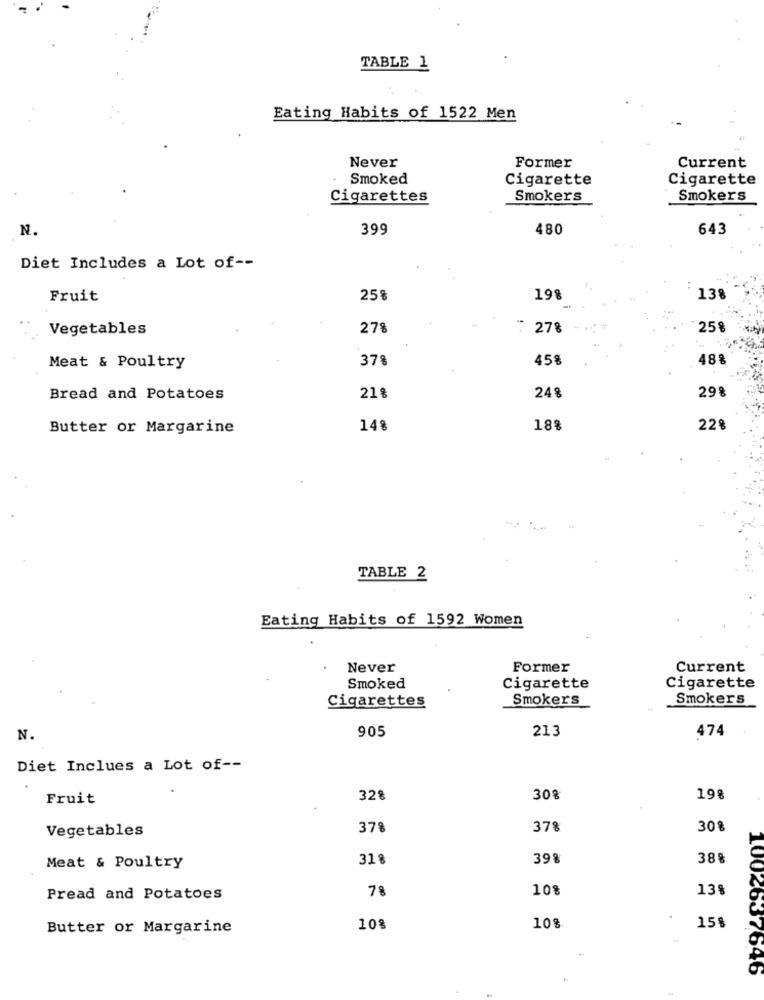
TABLE 1
Eating Habits of 1522 Men
Never
Former
Current
Smoked
Cigarette
Cigarette
Cigarettes
Smokers
Smokers
N.
399
480
643
Diet Includes a Lot of --
Fruit
25%
19%
138
Vegetables
27%
278
25%
37%
45%
488
Meat & Poultry
298
Bread and Potatoes
21%
248
Butter or Margarine
148
18%
228
TABLE 2
Eating Habits of 1592 Women
Never
Former
Current
Smoked
Cigarette
Cigarette
Cigarettes
Smokers
Smokers
905
213
474
N.
Diet Inclues a Lot of --
Fruit
32%
30%
198
Vegetables
37%
37%
30%
318
39%
38%
Meat & Poultry
78
10%
13%
Pread and Potatoes
15%
Butter or Margarine
108
10%
004637646